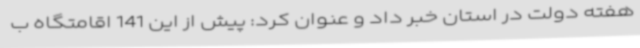
هفته دولت در استان خبر داد و عنوان کرد: پیش از این 141 اقامتگاه ب